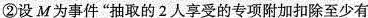
②设M为事件”抽取的2人享受的专项附加扣除至少有